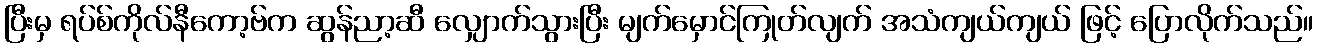
ပြီးမှ ရပ်စ်ကိုလ်နီကော့ဗ်က ဆွန်ညာ့ဆီ လျှောက်သွားပြီး မျက်မှောင်ကြုတ်လျက် အသံကျယ်ကျယ် ဖြင့် ပြောလိုက်သည်။